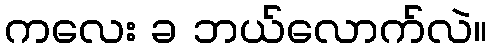
ကလေး ခ ဘယ်လောက်လဲ။